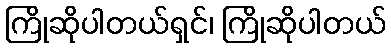
ကြိုဆိုပါတယ်ရှင်၊ ကြိုဆိုပါတယ်